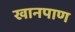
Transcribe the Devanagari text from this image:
खानपाण